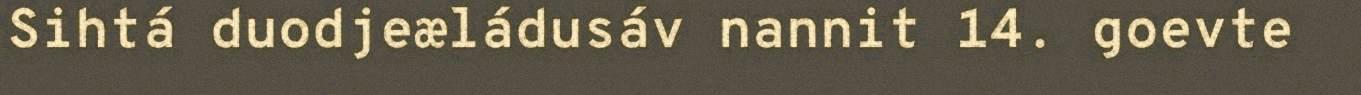
Sihtá duodjeæládusáv nannit 14. goevte